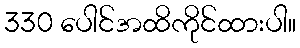
330 ပေါင်အထိကိုင်ထားပါ။